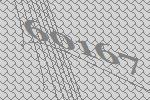
60167